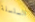
السلسلة